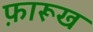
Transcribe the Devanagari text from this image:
फ़ारूख